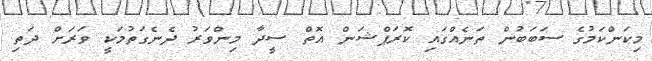
މިކަންކަމުގެ ސަބަބުން ތަނެއްގައި ކޮރަޕްޝަން އޮތް ސީދާ މިންވަރު ދެނެގަތުމަކީ ވަރަށް ދަތި